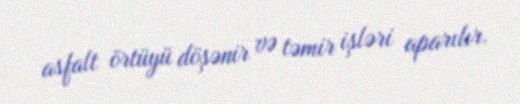
asfalt örtüyü döşənir və təmir işləri aparılır.